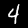
Digit: 4